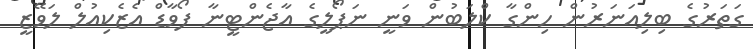
ގަތަރުގެ ބިލިއަނަރުން ހިންގާ ކްލަބުން ވަނީ ނަޕޯލީގެ އާޖެންޓީނާ ފޯވާޑް އެޒެކިއުލް ލަވޭޒީ